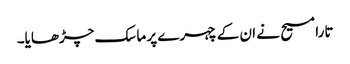
تارا مسیح نے ان کے چہرے پر ماسک چڑھایا۔